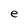
Character: e